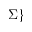
\Sigma \}